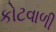
કોટવાળી